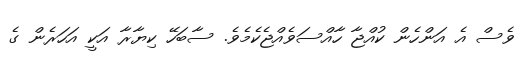
ވެސް އެ އަންހެން ކުއްޖާ ހާއްސަވެއްޖެކެމެވެ. ސާބަހޭ ކިޔާރާ އަކީ އަހަރެން ގެ